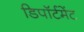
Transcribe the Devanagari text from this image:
डिपॉर्टमेंट